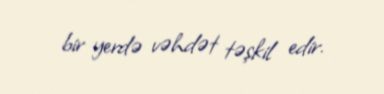
bir yerdə vəhdət təşkil edir.